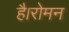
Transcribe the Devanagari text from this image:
है।रोमन